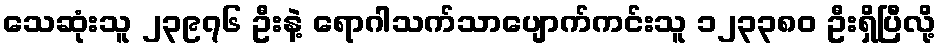
သေဆုံးသူ ၂၃၉၇၆ ဦးနဲ့ ရောဂါသက်သာပျောက်ကင်းသူ ၁၂၃၃၈၀ ဦးရှိပြီလို့